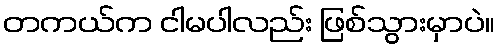
တကယ်က ငါမပါလည်း ဖြစ်သွားမှာပဲ။